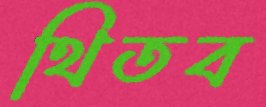
থিতব